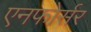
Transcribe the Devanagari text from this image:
एनफोर्सर